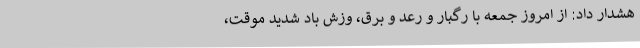
هشدار داد: از امروز جمعه با رگبار و رعد و برق، وزش باد شدید موقت،